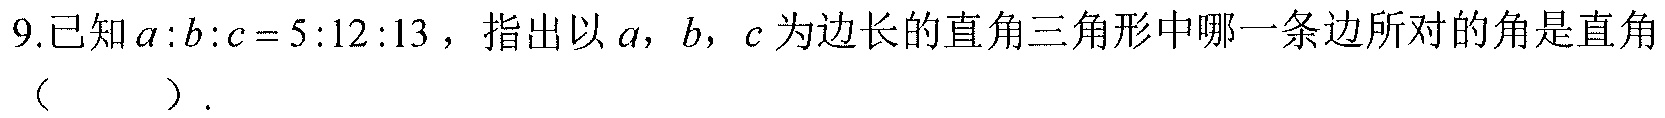
9.已知 \(a:b:c = 5:12:13\)，指出以 \(a\)，\(b\)，\(c\) 为边长的直角三角形中哪一条边所对的角是直角（  ）.